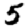
Digit: 5